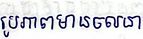
រូបភាពមានចលនា